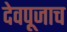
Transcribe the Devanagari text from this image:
देवपूजाच